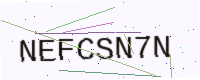
Text: NEFCSN7N